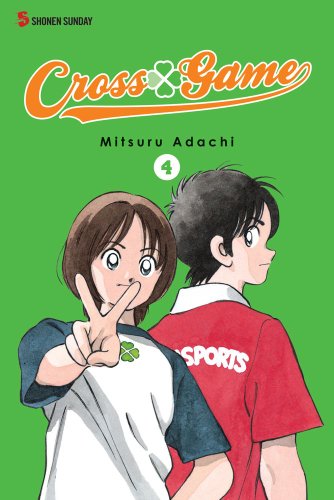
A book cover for Cross Game, Vol. 4; Mitsuri Adachi; Comics & Graphic Novels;